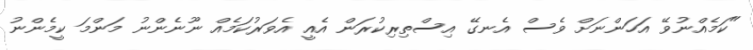
"ކަމެއްނުވޭ އަހަންނަށް ވެސް އެނގޭ އިސްތިރިކުރަން އެއީ އެވަރުކަމެއް ނޫނެންނު މަންމަ ކީމެންނު